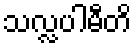
သလ္လပါမီတိ